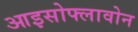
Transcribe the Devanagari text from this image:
आइसोफ्लावोन